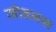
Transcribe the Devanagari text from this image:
जोडबस